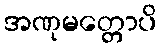
အဏုမတ္တောပိ